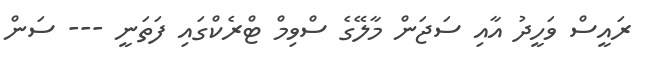
ރައީސް ވަހީދު އާއި ސަޖަން މާލޭގެ ސްވިމް ޓްރެކްގައި ފަތަނީ --- ސަން